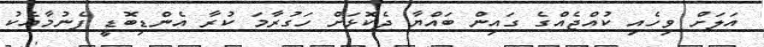
އަލަށް ވިހެއި ކުއްޖެއްގެ ގައިން ބައްޔާ ދެކޮޅަށް ހަގުރާމަ ކުރާ އެންޑިބޮޑީ ފެނުމާއެކު